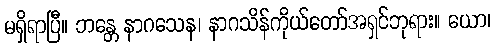
မရှိရာပြီ။ ဘန္တေ နာဂသေန၊ နာဂသိန်ကိုယ်တော်အရှင်ဘုရား။ ယော၊